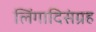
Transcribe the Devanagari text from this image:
लिंगादिसंग्रह